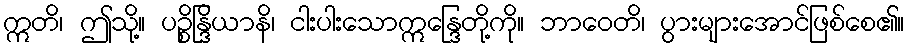
ဣတိ၊ ဤသို့။ ပဉ္စိန္ဒြိယာနိ၊ ငါးပါးသောဣန္ဒြေတို့ကို။ ဘာဝေတိ၊ ပွားများအောင်ဖြစ်စေ၏။